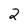
Character: 2